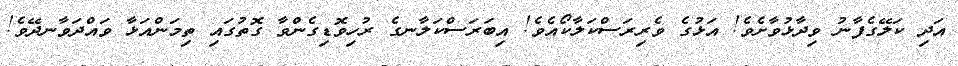
އަދި ކަލޭގެފާނު ވިދާޅުވާށެވެ! އަޅުގެ ވެރިރަސްކަލާކޯއެވެ! އިބަރަސްކަލާނގެ ރުހިވޮޑިގެންވާ ގޮތުގައި ތިމަންއަޅާ ވައްދަވާނދޭވެ!